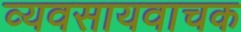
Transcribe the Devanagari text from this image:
व्यवसायवाचक